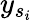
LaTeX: y_{s_{i}}